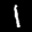
Label: 1